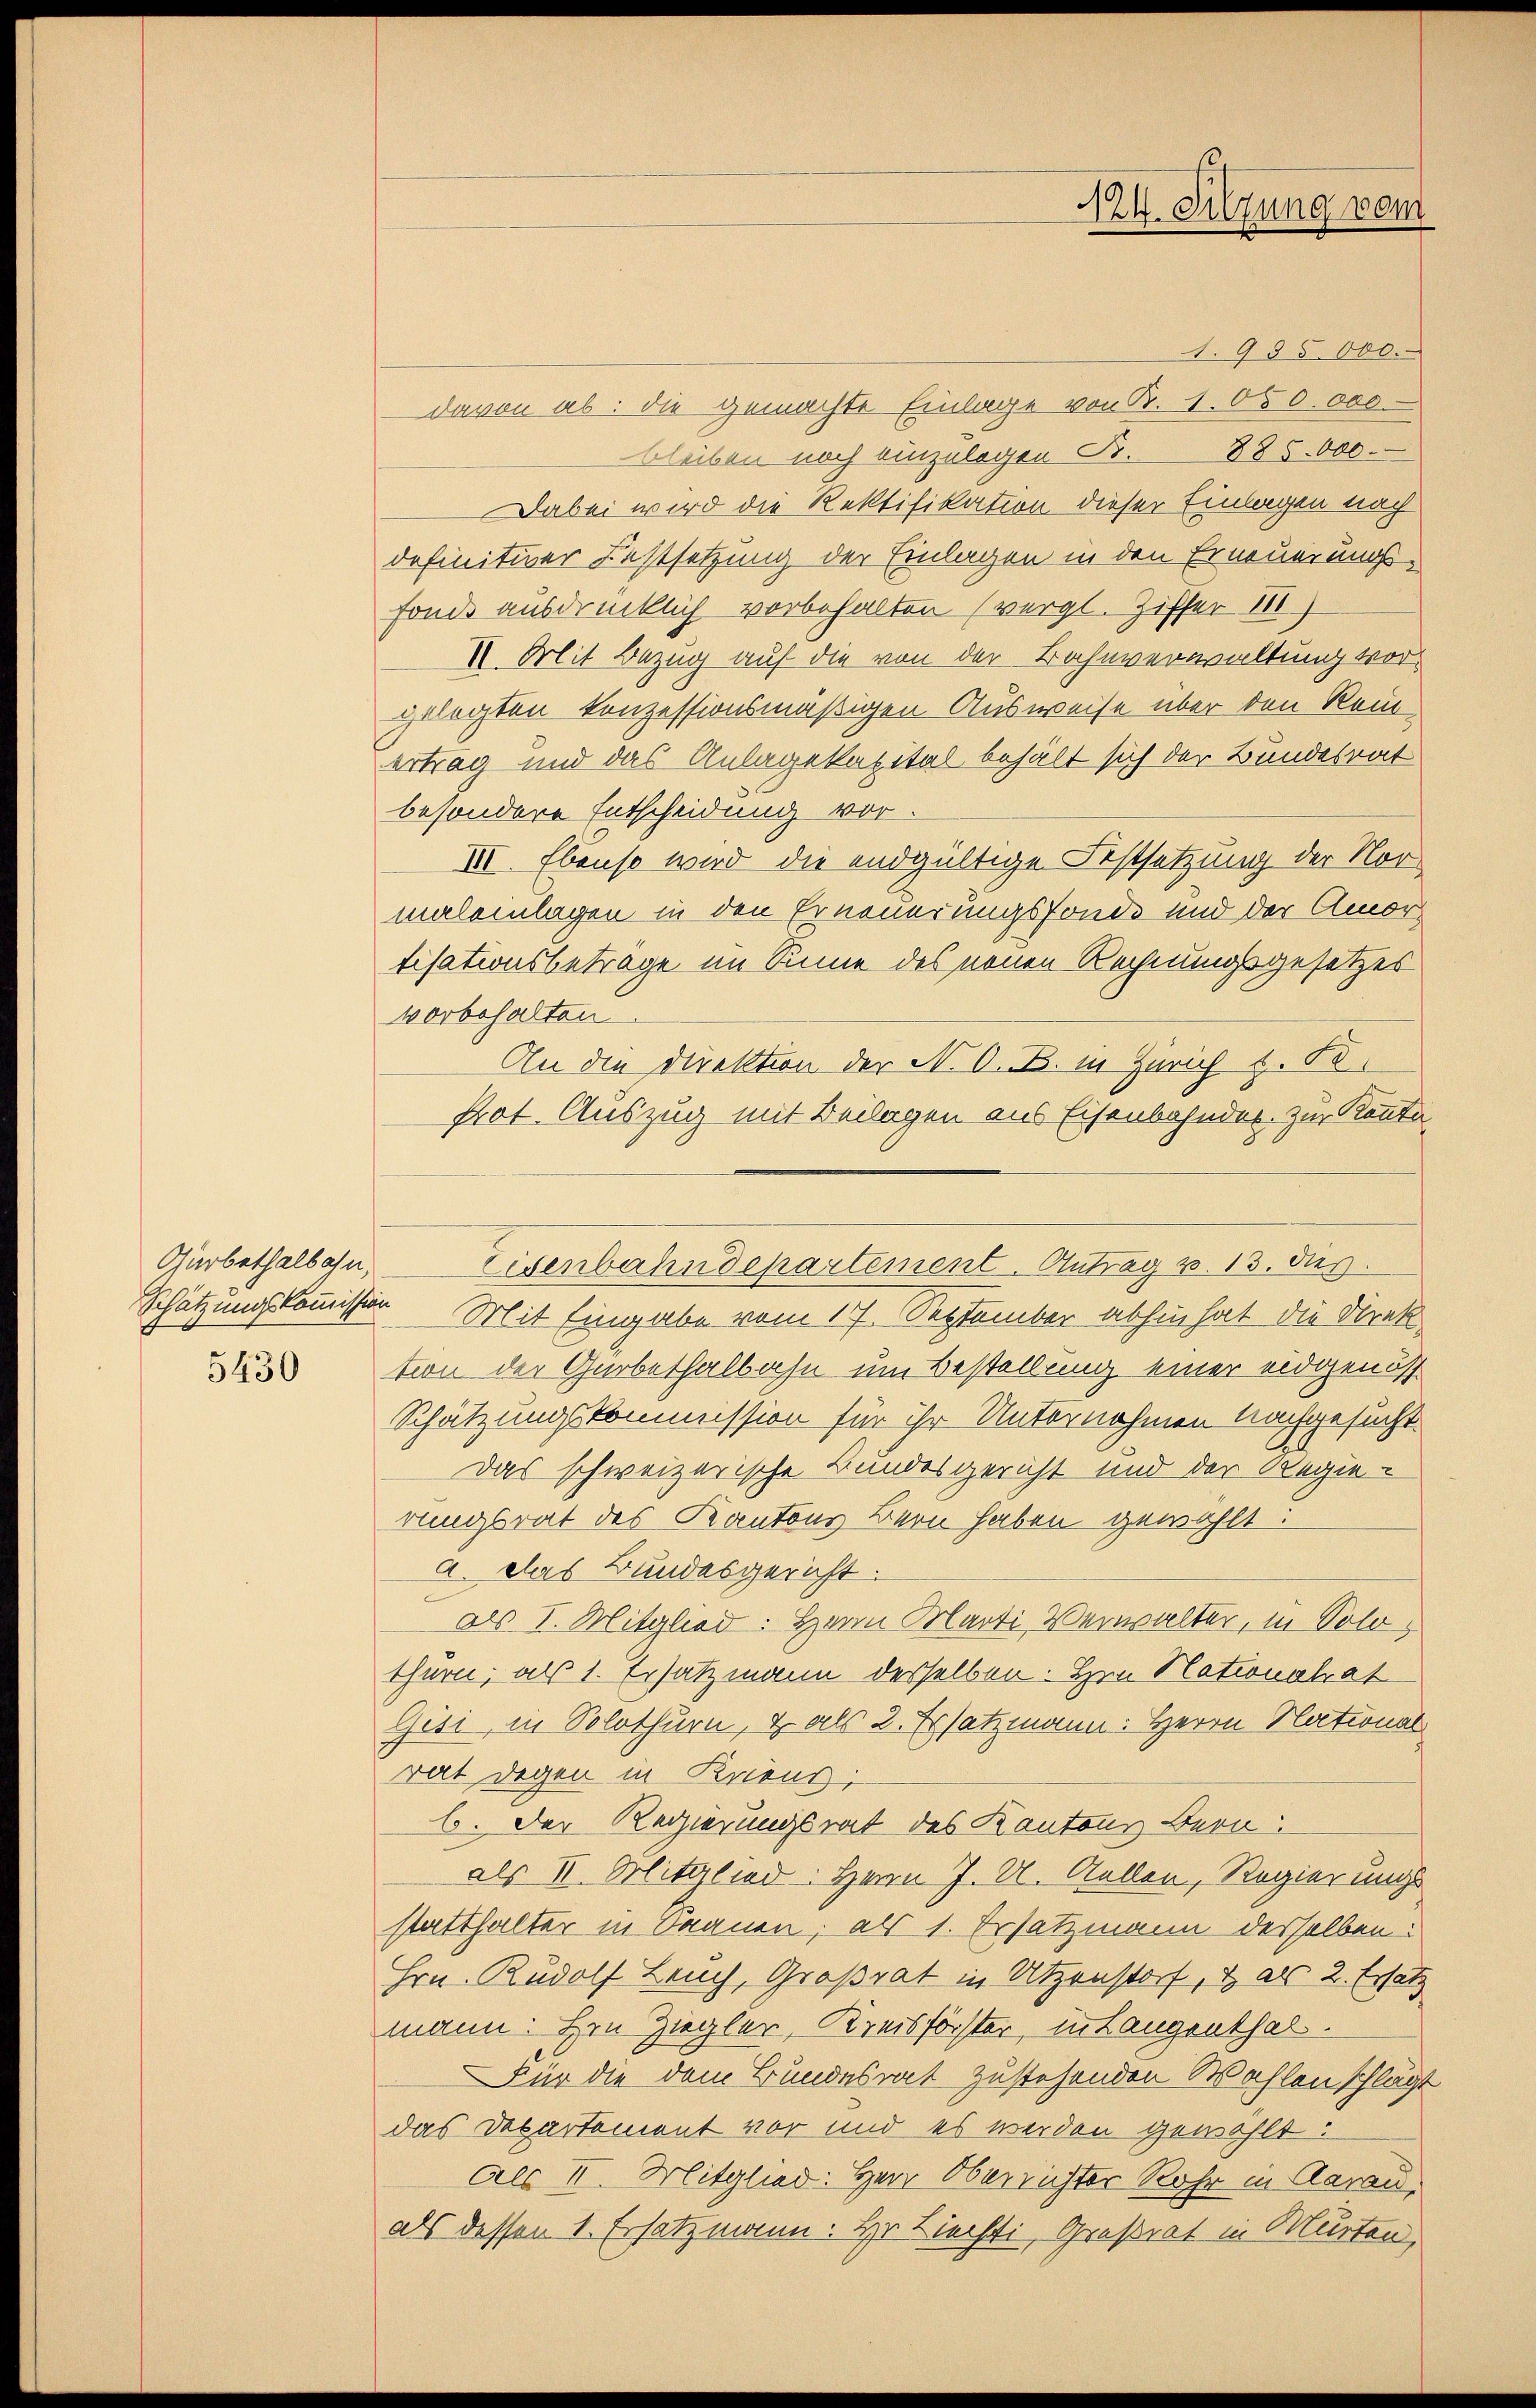
Gürbethalbahn,
5430

I24. Sitzung vom

1.985 000.
davon ab: die gemachte Einlage von B. 1. 650.000.
bleiben noch einzulegen B. 885.000.
Dabei wird die Rektifikation dieser Einlagen nach
definitiver Festsetzung der Einlagen in den Erneuerungs-
Fonds ausdrücklich vorbehalten (vergl. Ziffer 181
I. Mit Bezug auf die von der Bahnverwaltung vorgelegten konzessionsmäßigen Ausweise über den Reiertrag und das Anlagekapital behält sich der Bundesrat
besondere Entscheidung vor
III. Ebenso wird die endgültige Festsetzung der Nor
maleinlagen in den Erneuerungsfonde und der Amor
tisationsbeträge im Sinne des neuen Rechnungsgesetzes
vorbehalten
An die Direktion der N. O. B. in Zürich z. B.
Prot. Auszug mit Beilagen aus Eisenbahnder zur Kenntn
Schätzungskomissor Mit Eingabe vom 17. September abhin hat die Direktion der Garbethalbahn um Bestellung einer eidgenöss
Schätzungskommission für ihr Unternahmen nachgesucht
Das schweizerische Bundesgericht und der Regierungsrat des Kantons Bern haben gewählt:
a. Das Bundesgericht:
als I. Mitglied: Hern Marti Verwalter, in Solothurn, als 1. Ersatzmann derselben. Hrn Nationalrat
Gisi, in Solothurn, & als 2. Ersatzmann: Herrn National
rat Degen in Kriens;
b. Der Regierungsrat des Kantons Bern
als II. Mitglied: Herrn J. U. Gallen, Regierungs
statthalter in Saanen; als 1. Ersatzmann desselben:
Hrn. Rudolf Leuch, Großrat in Utzenstorf, & als 2. Ersatz
mann: Hrn Ziegler, Kreisförster, in Langenthal.
Für die dem Bundesrat zustehenden Wahlen schlägt
das Departement vor und es werden gewählt:
Als II. Mitglied: Herr Oberrichter Rohr in Aarau
als dessen 1. Ersatzmann. Hr. Liechti, Großrat in Murten,

Eisenbahndepartement. Antrag v. 13. dies